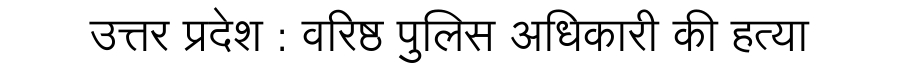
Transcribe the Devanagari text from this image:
उत्तर प्रदेश : वरिष्ठ पुलिस अधिकारी की हत्या